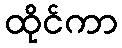
ထိုင်ကာ